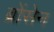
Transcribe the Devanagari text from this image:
ब्रोंसेन